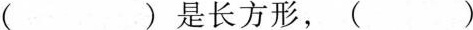
( ) 是长方形，( )